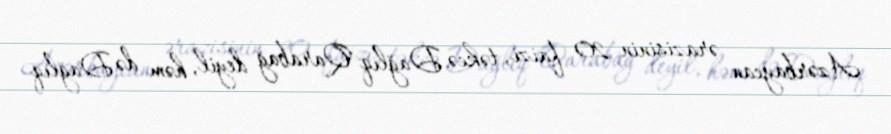
Azərbaycan ərazisinin 20 faizi, təkcə Dağlıq Qarabağ deyil, həm də Dağlıq